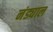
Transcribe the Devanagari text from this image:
नंड्याल